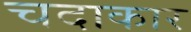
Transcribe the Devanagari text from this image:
चदाकार